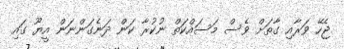
ޖެހޭ ވަރާއި ގާތަށް ވެސް މަސައްކަތް ނުކުރާ ކަން ދަނެގަންނަން އީޔޫ ގައި